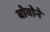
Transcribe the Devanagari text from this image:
बोबोने